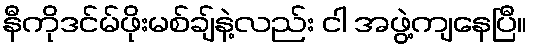
နီကိုဒင်မ်ဖိုးမစ်ချ်နဲ့လည်း ငါ အဖွဲ့ကျနေပြီ။